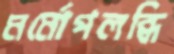
মর্মোপলব্ধি